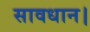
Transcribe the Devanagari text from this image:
सावधान।